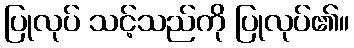
ပြုလုပ် သင့်သည်ကို ပြုလုပ်၏။